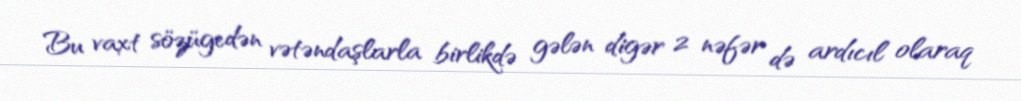
Bu vaxt sözügedən vətəndaşlarla birlikdə gələn digər 2 nəfər də ardıcıl olaraq